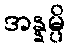
အန္နမ္ပိ